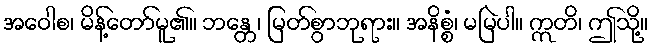
အဝေါစ၊ မိန့်တော်မူ၏။ ဘန္တေ၊ မြတ်စွာဘုရား။ အနိစ္စံ၊ မမြဲပါ။ ဣတိ၊ ဤသို့။